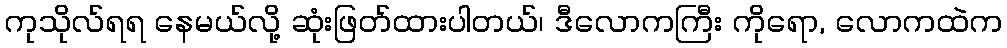
ကုသိုလ်ရရ နေမယ်လို့ ဆုံးဖြတ်ထားပါတယ်၊ ဒီလောကကြီး ကိုရော, လောကထဲက